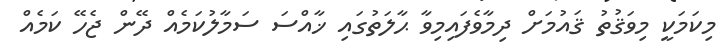
މިކަމަކީ މިވަޤުތު ޤައުމަށް ދިމާވެފައިމިވާ ޙާލަތުގައި ޚާއްސަ ސަމާލުކަމެއް ދޭން ޖެހޭ ކަމެއް